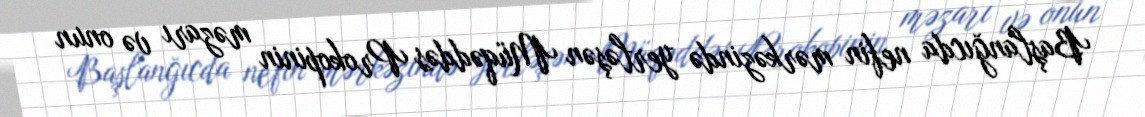
Başlanğıcda nefin mərkəzində yerləşən Müqəddəs Prokopinin məzarı və onun